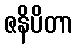
ဇနိပိတာ